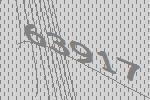
63917